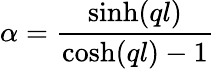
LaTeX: \alpha=\frac{\sinh(ql)}{\cosh(ql)-1}